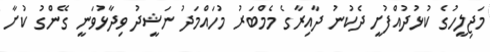
މަޖިލީހުގެ ކުޅުދުއްފުށީ ދެކުނު ދާއިރާގެ މެމްބަރު މުހައްމަދު ނަޝީދު ވިދާޅުވަނީ ގޭންގު ކުށާ